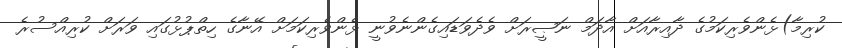
ކުރިމާ)ޅެންވެރިކަމުގެ ދާއިރާއަށް އާދަމް ނަޞީރަށް ވެދެވަޑައިގެންނެވުނީ ޅެންވެރިކަމަށް އޭނާގެ ހިތްޕުޅުގައި ވަރަށް ކުރިއްސުރެ